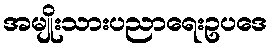
အမျိုးသားပညာရေးဥပဒေ